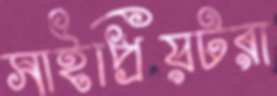
সাইপ্রিয়টরা